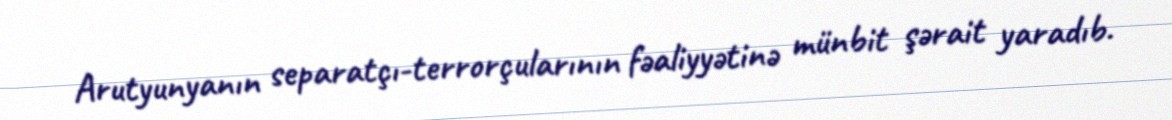
Arutyunyanın separatçı-terrorçularının fəaliyyətinə münbit şərait yaradıb.